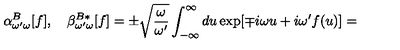
\alpha _ { \omega ^ { \prime } \omega } ^ { B } [ f ] , \quad \beta _ { \omega ^ { \prime } \omega } ^ { B * } [ f ] = \pm \sqrt { \frac { \omega } { \omega ^ { \prime } } } \int _ { - \infty } ^ { \infty } d u \exp [ \mp i \omega u + i \omega ^ { \prime } f ( u ) ] =